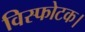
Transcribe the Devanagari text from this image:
विस्फोटक।